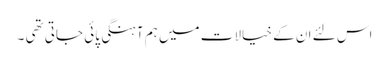
اس لئے ان کے خیالات میں ہم آہنگی پائی جاتی تھی ۔